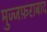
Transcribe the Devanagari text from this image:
मुज्जफ़राबाद